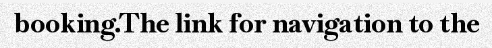
booking.The link for navigation to the